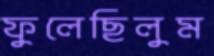
ফুলেছিলুম